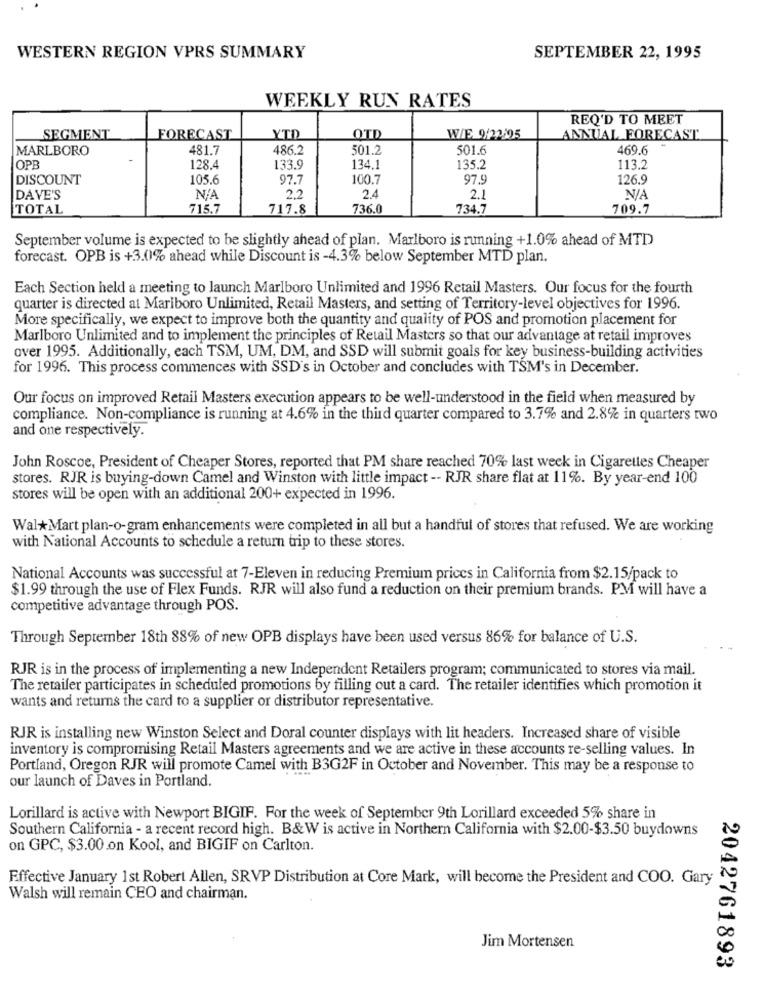
WESTERN REGION VPRS SUMMARY
SEPTEMBER 22, 1995
WEEKLY RUN RATES
REQ'D TO MEET
SEGMENT
FORECAST
YTD
OTD
W/E 9/22/05
ANNUAL FORECAST
MARLBORO
481.7
486.2
501.2
501.6
469.6
OPE
128.4
133.9
134.1
135.2
113.2
DISCOUNT
105.6
97.7
100.7
97.9
126.9
DAVE'S
2,2
2.4
2.1
TOTAL
715.7
717.8
736.0
734.7
709.7
September volume is expected to be slightly ahead of plan. Marlboro is running +1.0% ahead of MTD
forecast. OPB is +3.0% ahead while Discount is -4.3% below September MTD plan.
Each Section held a meeting to launch Marlboro Unlimited and 1996 Retail Masters. Our focus for the fourth
quarter is directed at Mariboro Unlimited, Retail Masters, and setting of Territory-level objectives for 1996.
More specifically, we expect to improve both the quantity and quality of POS and promotion placement for
Marlboro Unlimited and to implement the principles of Retail Masters so that our advantage at retail improves
over 1995. Additionally, each TSM, UM, DM, and SSD will submit goals for key business-building activities
for 1996. This process commences with SSD's in October and concludes with TSM's in December.
Our focus on improved Retail Masters execution appears to be well-understood in the field when measured by
compliance. Non-compliance is running at 4.6% in the third quarter compared to 3.7% and 2.8% in quarters two
and one respectively.
John Roscoe, President of Cheaper Stores, reported that PM share reached 70% last week in Cigarettes Cheaper
stores. RJR is buying-down Camel and Winston with little impact -- RJR share flat at 11%. By year-end 100
stores will be open with an additional 200+ expected in 1996.
WalMart plan-o-gram enhancements were completed in all but a handful of stores that refused. We are working
with National Accounts to schedule a return trip to these stores.
National Accounts was successful at 7-Eleven in reducing Premium prices in California from $2.15/pack to
$1.99 through the use of Flex Funds. RJR will also fund a reduction on their premium brands. PM will have a
competitive advantage through POS.
Through September 18th 88% of new OPB displays have been used versus 86% for balance of U.S.
RJR is in the process of implementing a new Independent Retailers program; communicated to stores via mail.
The retailer participates in scheduled promotions by filling out a card. The retailer identifies which promotion it
wants and returns the card to a supplier or distributor representative.
RJR is installing new Winston Select and Doral counter displays with lit headers. Increased share of visible
inventory is compromising Retail Masters agreements and we are active in these accounts re-selling values. In
Portland, Oregon RJR will promote Camel with B3G2F in October and November. This may be a response to
our launch of Daves in Portland.
Lorillard is active with Newport BIGIF. For the week of September 9th Lorillard exceeded 5% share in
Southern California - a recent record high. B&W is active in Northern California with $2.00-$3.50 buydowns
on GPC, $3.00 on Kool, and BIGIF on Carlton.
Effective January 1st Robert Allen, SRVP Distribution at Core Mark, will become the President and COO. Gary
Walsh will remain CEO and chairman.
Jim Mortensen
2042761893